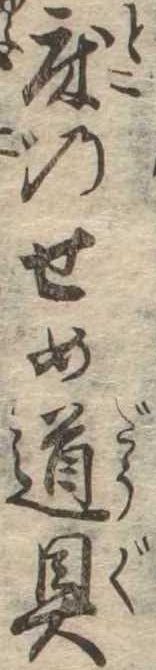
床のせめ道具